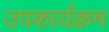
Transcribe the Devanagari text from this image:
उपकार्यक्रम